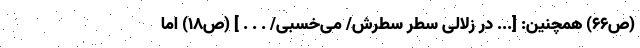
(ص66) همچنین: [... در زلالیِ سطر سطرش/ می‌خسبی/ . . . ] (ص18) اما